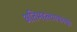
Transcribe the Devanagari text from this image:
अतिमहत्त्वाकांक्षी